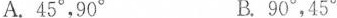
A. 45°，90° B. 90°，45°